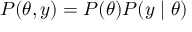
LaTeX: P ( \theta , y ) = P ( \theta ) P ( y \mid \theta )